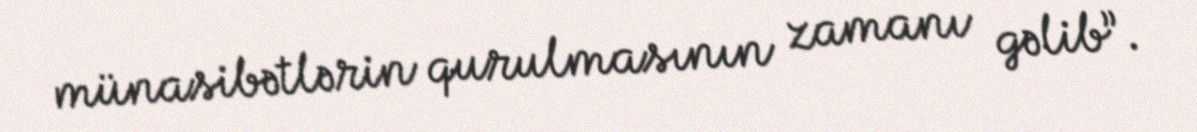
münasibətlərin qurulmasının zamanı gəlib”.